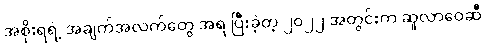
အစိုးရရဲ့ အချက်အလက်တွေ အရ ပြီးခဲ့တဲ့ ၂၀၂၂ အတွင်းက ဆူလာဝေဆီ